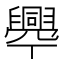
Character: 𦦡